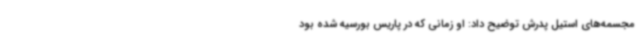
مجسمه‌های استیل پدرش توضیح داد: او زمانی که در پاریس بورسیه شده بود